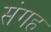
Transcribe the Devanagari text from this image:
संगह